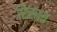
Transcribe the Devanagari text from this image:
रिसात